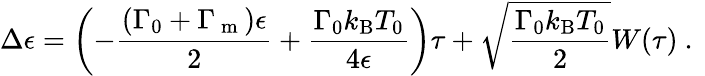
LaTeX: \Delta\epsilon=\left(-\frac{(\Gamma_{0}+\Gamma_{\mathrm{~m~}})\epsilon}{2}+\frac{\Gamma_{0}k_{\mathrm{B}}T_{0}}{4\epsilon}\right)\tau+\sqrt{\frac{\Gamma_{0}k_{\mathrm{B}}T_{0}}{2}}W(\tau)\mathrm{~.~}